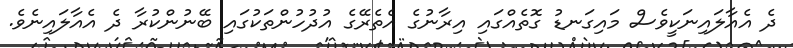
ދެ އެއާލައިނަކީވެސް މައިގަނޑު ގޮތެއްގައި އިރާނުގެ އެތެރޭގެ އުދުހުންތަކުގައި ބޭނުންކުރާ ދެ އެއާލައިނެވެ.